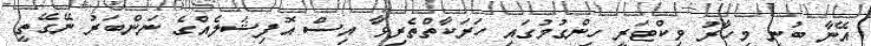
އޭނާ ބުނީ މިހާރު ވިކްޓަރީ ހިންގުމުގައި ހަރަކާތްތެރިވާ އިސް އޮފިޝަލެއްގެ ނަންބަރު ނޭގޭތީ